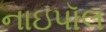
નાઇપૉલ